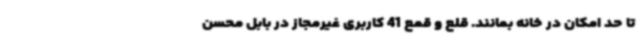
تا حد امکان در خانه بمانند. قلع و قمع 41 کاربری غیرمجاز در بابل محسن